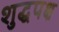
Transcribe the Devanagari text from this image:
शुद्धपक्ष